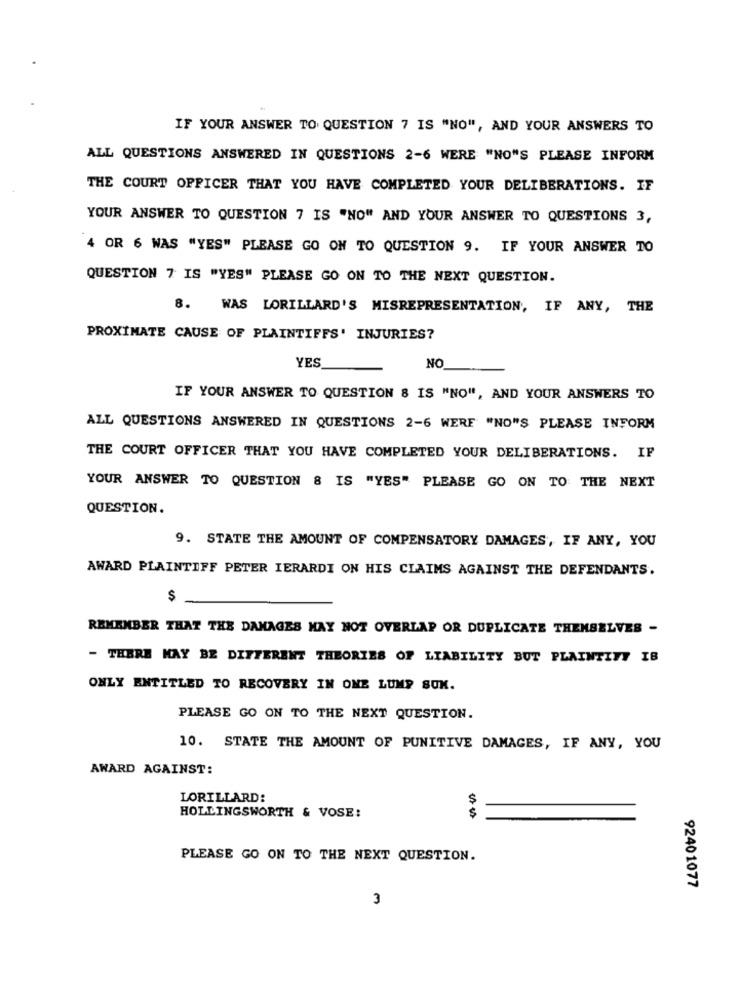
IF YOUR ANSWER TO QUESTION 7 IS "NO", AND YOUR ANSWERS TO
ALL QUESTIONS ANSWERED IN QUESTIONS 2-6 WERE "NO"S PLEASE INFORM
THE COURT OFFICER THAT YOU HAVE COMPLETED YOUR DELIBERATIONS. IF
YOUR ANSWER TO QUESTION 7 IS "NO" AND YOUR ANSWER TO QUESTIONS 3,
4 OR 6 WAS "YES" PLEASE GO ON TO QUESTION 9. IF YOUR ANSWER TO
QUESTION 7 IS "YES" PLEASE GO ON TO THE NEXT QUESTION.
8.
WAS LORILLARD'S MISREPRESENTATION, IF ANY, THE
PROXIMATE CAUSE OF PLAINTIFFS' INJURIES?
YES
NO
IF YOUR ANSWER TO QUESTION 8 IS "NO", AND YOUR ANSWERS TO
ALL QUESTIONS ANSWERED IN QUESTIONS 2-6 WERE "NO"S PLEASE INFORM
THE COURT OFFICER THAT YOU HAVE COMPLETED YOUR DELIBERATIONS. IF
YOUR ANSWER TO QUESTION & IS "YES" PLEASE GO ON TO THE NEXT
QUESTION.
9. STATE THE AMOUNT OF COMPENSATORY DAMAGES, IF ANY, YOU
AWARD PLAINTIFF PETER IERARDI ON HIS CLAIMS AGAINST THE DEFENDANTS.
$
REMEMBER THAT THE DAMAGES MAY NOT OVERLAP OR DUPLICATE THEMSELVES -
- THERE MAY BE DIFFERENT THEORIES OF LIABILITY BUT PLAINTITY IB
ONLY ENTITLED TO RECOVERY IN ONE LUMP SUM.
PLEASE GO ON TO THE NEXT QUESTION.
10. STATE THE AMOUNT OF PUNITIVE DAMAGES, IF ANY, YOU
AWARD AGAINST:
LORILLARD:
$
HOLLINGSWORTH & VOSE:
$
PLEASE GO ON TO THE NEXT QUESTION.
92401077
3